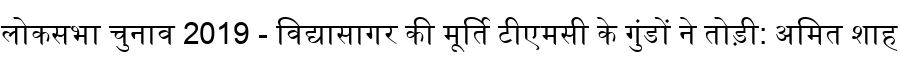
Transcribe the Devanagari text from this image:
लोकसभा चुनाव 2019 - विद्यासागर की मूर्ति टीएमसी के गुंडों ने तोड़ी: अमित शाह